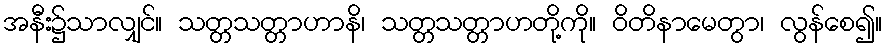
အနီး၌သာလျှင်။ သတ္တသတ္တာဟာနိ၊ သတ္တသတ္တာဟတို့ကို။ ဝိတိနာမေတွာ၊ လွန်စေ၍။